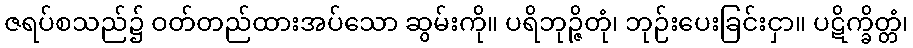
ဇရပ်စသည်၌ ဝတ်တည်ထားအပ်သော ဆွမ်းကို။ ပရိဘုဉ္ဇိတုံ၊ ဘုဉ်းပေးခြင်းငှာ။ ပဋိက္ခိတ္တံ၊